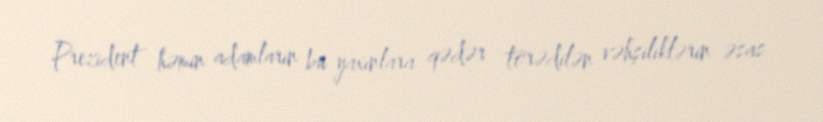
Prezident həmin adamların bu yaxınlara qədər törədilən vəhşiliklərin əsas